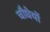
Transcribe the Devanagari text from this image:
चौधेयों